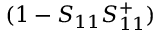
( 1 - S _ { 1 1 } S _ { 1 1 } ^ { + } )